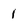
Character: 1